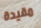
مقيدة